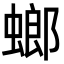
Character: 螂